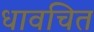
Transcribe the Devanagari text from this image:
धावचित